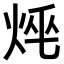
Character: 𤈯